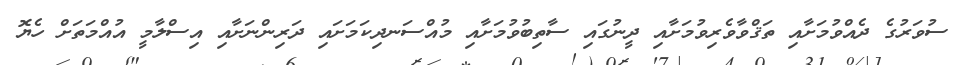
ސުވަރުގެ ދެއްވުމަށާއި ތަޤްވާވެރިވުމަށާއި ދީނުގައި ސާތިބުވުމަށާއި މުއްސަނދިކަމަށައި ދަރިންނަށާއި އިސްލާމީ އުއްމަތަށް ހެޔޮ